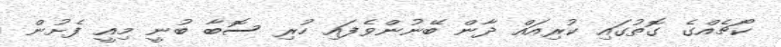
ކޯޗެއްގެ ގޮތުގައި ކުރިއައް ދާން ބޭނުންވެފައި ހުރި ސޮބާ ބުނީ މިއީ ފެށުން